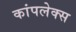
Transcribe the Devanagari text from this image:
कांपलेक्स